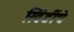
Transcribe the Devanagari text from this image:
खिंडींचे